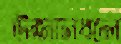
উজানধলে